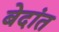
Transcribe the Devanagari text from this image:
बेदांत